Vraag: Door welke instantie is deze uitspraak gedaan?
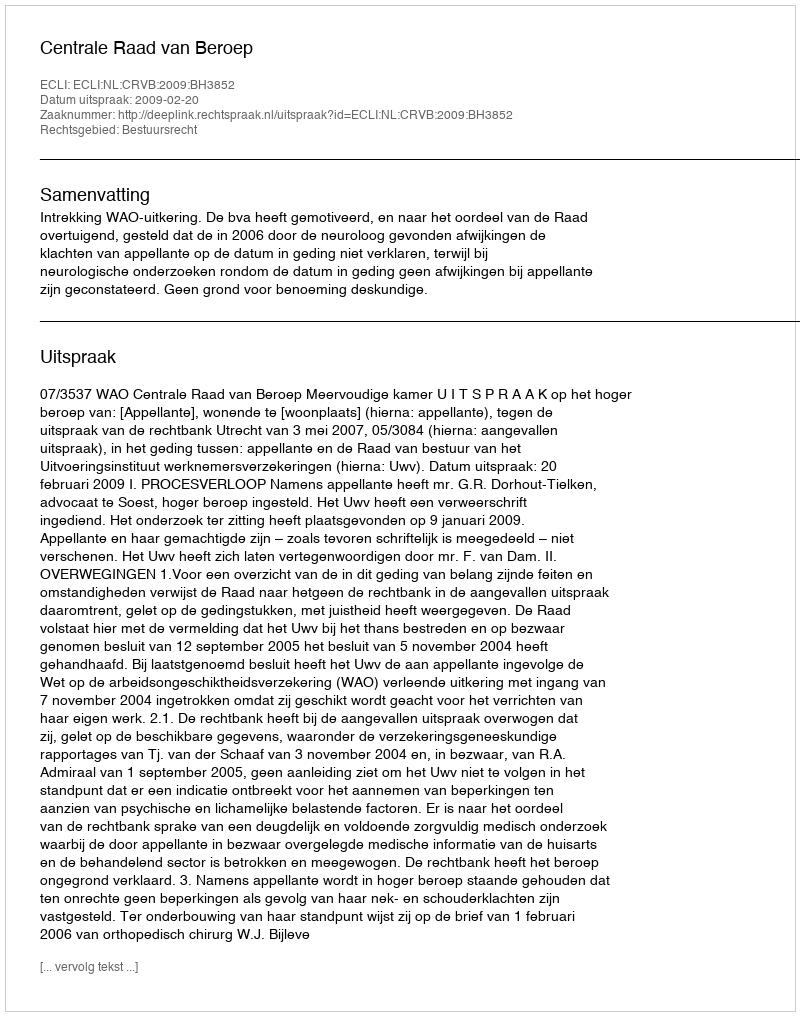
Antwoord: Centrale Raad van Beroep